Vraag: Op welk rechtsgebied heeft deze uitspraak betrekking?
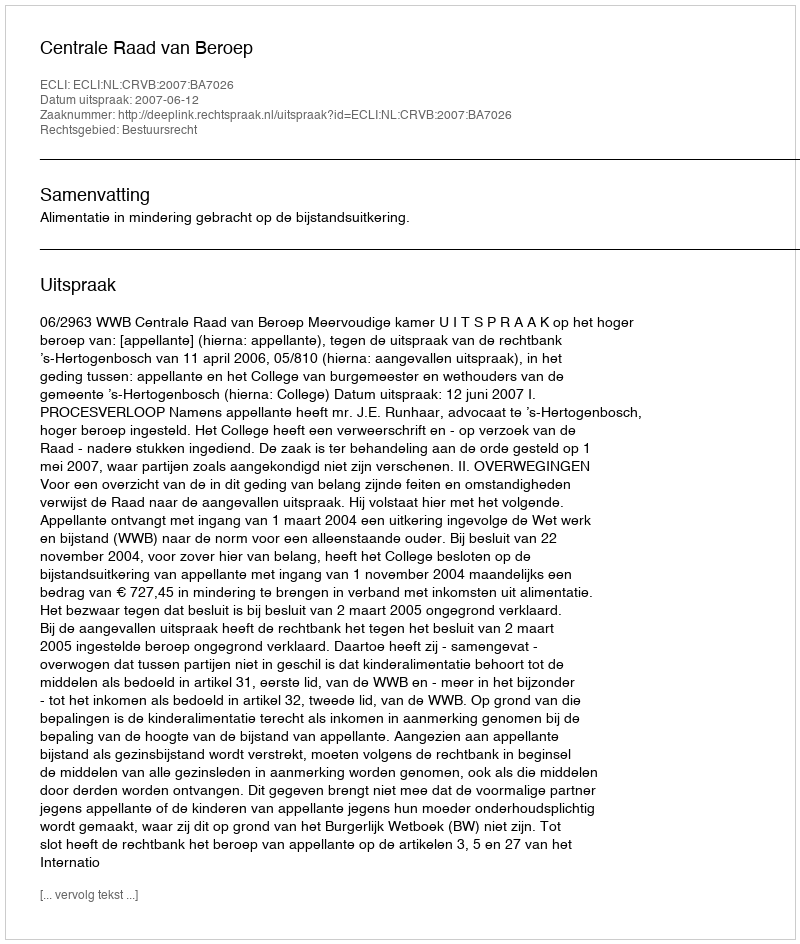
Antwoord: Bestuursrecht